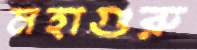
মহাগুরু